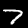
Digit: 7